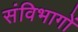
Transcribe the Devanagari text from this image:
संविभागों